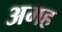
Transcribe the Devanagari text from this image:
अमह